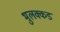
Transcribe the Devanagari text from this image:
भुलक्कड